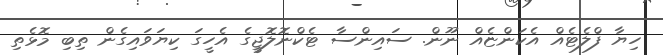
ހިޔާ ފްލެޓެއް އެކަންޏެއް ނޫން. ސައިންސާ ޓެކްނޮލޮޖީގެ އެހީގަ ކިޔަވައިގެން ތިބި މޮޅެތި